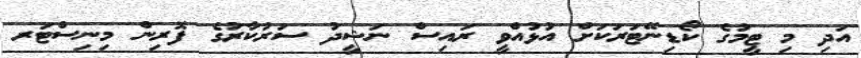
އަދި މި ޓީމުގެ ކޯޑިނޭޓަރަކަށް އުޅުއްވީ ރައިސް ނަޝީދު ސަރުކާރުގެ ފޮރިން މިނިސްޓަރ